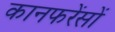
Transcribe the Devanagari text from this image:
कानफरेंसों